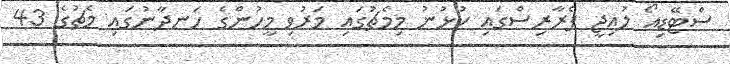
ސްޓޭޑިއޯ ލުއިޖީ ފެރާރިސްގައި ކުޅުނު މިމެޗުގައި މަރުވި މީހުންގެ ހަނދާނުގައި މެޗުގެ 43